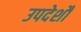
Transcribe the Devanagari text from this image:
उपदेशौं